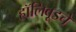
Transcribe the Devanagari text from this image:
हॉलिवूडचे